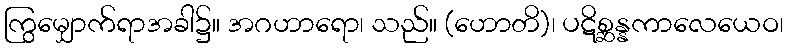
ကြွမျှောက်ရာအခါ၌။ အဂဟာရော၊ သည်။ (ဟောတိ)၊ ပဋိစ္ဆန္နကာလေယေဝ၊